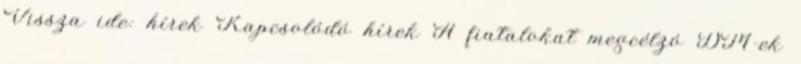
Vissza ide: hírek Kapcsolódó hírek A fiatalokat megcélzó DM-ek